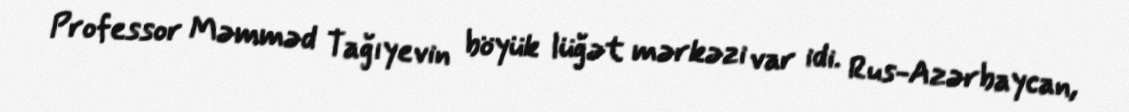
Professor Məmməd Tağıyevin böyük lüğət mərkəzi var idi. Rus-Azərbaycan,